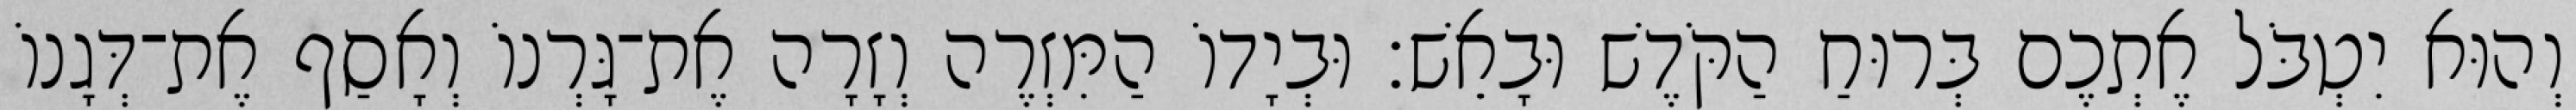
וְהוּא יִטְבֹּל אֶתְכֶם בְּרוּחַ הַקֹּדֶשׁ וּבָאֵשׁ׃ וּבְיָדוֹ הַמִּזְרֶה וְזָרָה אֶת־גָּרְנוֹ וְאָסַף אֶת־דְּגָנוֹ